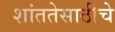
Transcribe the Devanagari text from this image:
शांततेसाठीचे